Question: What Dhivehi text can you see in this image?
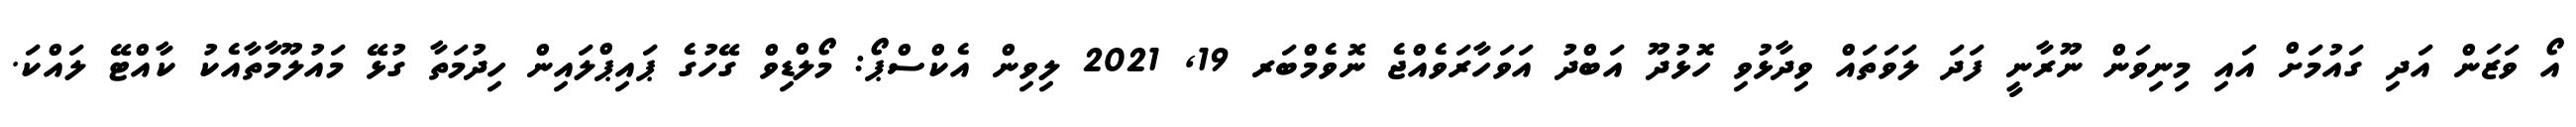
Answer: އޯ ވަޒަން އަދި ގައުމަށް އައި މިނިވަން ނޫރާނީ ފަދަ ލަވަތައް ވިދާޅުވި ހޮޅުދޫ އަބްދު އަވަހާރަވެއްޖެ ނޮވެމްބަރ 19, 2021 ލިވިން އެކްސްޕޯ: މޯލްޑިވް ގޭހުގެ ޕައިޕްލައިން ހިދުމަތާ ގުޅޭ މައުލޫމާތާއެކު ކާއްޓޭ ލައްކަ.